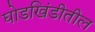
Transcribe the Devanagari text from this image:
घोडखिंडीतील